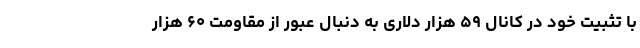
با تثبیت خود در کانال ۵۹ هزار دلاری به دنبال عبور از مقاومت ۶۰ هزار